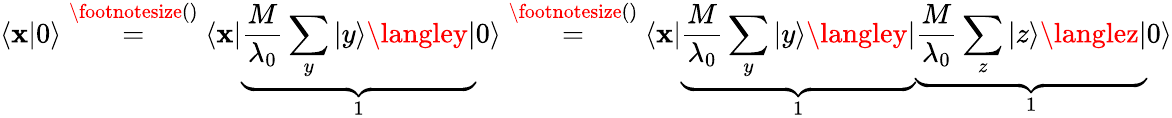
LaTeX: \langle\mathbf{x}|0\rangle\overset{\footnotesize()}{=}\langle\mathbf{x}|\underbrace{{\frac{{M}}{{\lambda_{0}}}\sum_{y}|y\rangle\langley|}}_{1}0\rangle\overset{\footnotesize()}{=}\langle\mathbf{x}|\underbrace{{\frac{{M}}{{\lambda_{0}}}\sum_{y}|y\rangle\langley|}}_{1}\underbrace{{\frac{{M}}{{\lambda_{0}}}\sum_{z}|z\rangle\langlez|}}_{1}0\rangle